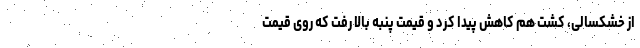
از خشکسالی، کشت هم کاهش پیدا کرد و قیمت پنبه بالا رفت که روی قیمت